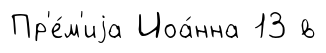
Пр'е́м'иjа Иоа́нна 13 в